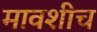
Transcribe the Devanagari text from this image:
मावशीच